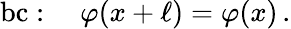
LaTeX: \mathrm{bc}:\quad\varphi(x+\ell)=\varphi(x)\, .